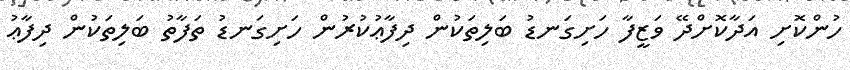
ހުންކޮށި އަދާކޮށްދޭ ވަޒީފާ ހަށިގަނޑު ބަލިތަކުން ދިފާޢުކުރުން ހަށިގަނޑު ތަފާތު ބަލިތަކުން ދިފާޢު